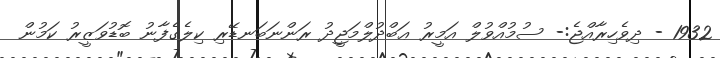
1932 - ދިވެހިރާއްޖެ:- ސުމުއްވުލް އަމީރު ޢަބްދުލްމަޖީދު ރަންނަބަނޑޭރި ކިލެގެފާނު ބޮޑުވަޒީރު ކަމުން